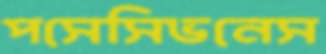
পসেসিভনেস